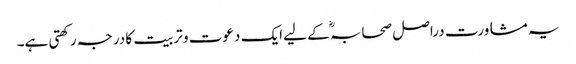
یہ مشاورت دراصل صحابہؓ کے لیے ایک دعوت و تربیت کا درجہ رکھتی ہے۔